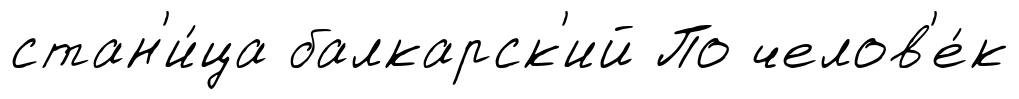
стан'и́ца балкарск'ий По челов'е́к